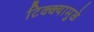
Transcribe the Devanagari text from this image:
टिक्क्यामुळे